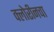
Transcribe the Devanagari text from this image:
क्लोरीनचा